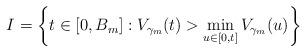
LaTeX: \begin{align*}I = \bigg\{ t \in [0,B_m] : V_{\gamma_m}(t) > \min_{u \in [0,t]} V_{\gamma_m}(u) \bigg\}\end{align*}